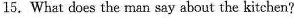
15. What does the man say about the kitchen?